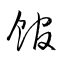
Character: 館